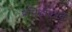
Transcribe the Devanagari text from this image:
प्रसिद्धीपत्रके